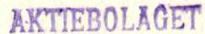
AKTIEBOLAGET